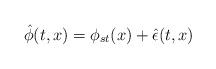
LaTeX: \begin{align*}\hat{\phi}(t,x)=\phi_{st}(x)+\hat{\epsilon}(t,x)\end{align*}